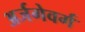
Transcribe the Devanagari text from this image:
अर्जगेवर्ग